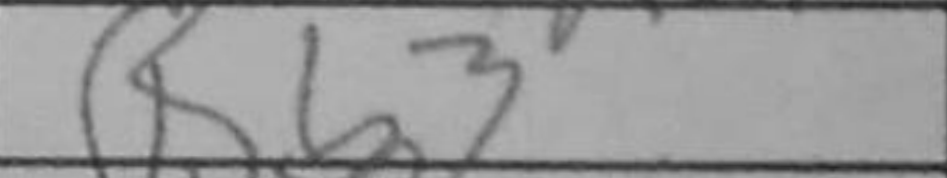
Transcription: Rb3